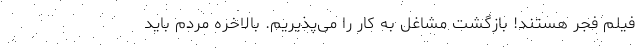
فیلم فجر هستند! بازگشت مشاغل به کار را می‌پذیریم. بالاخره مردم باید